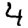
Digit: 4